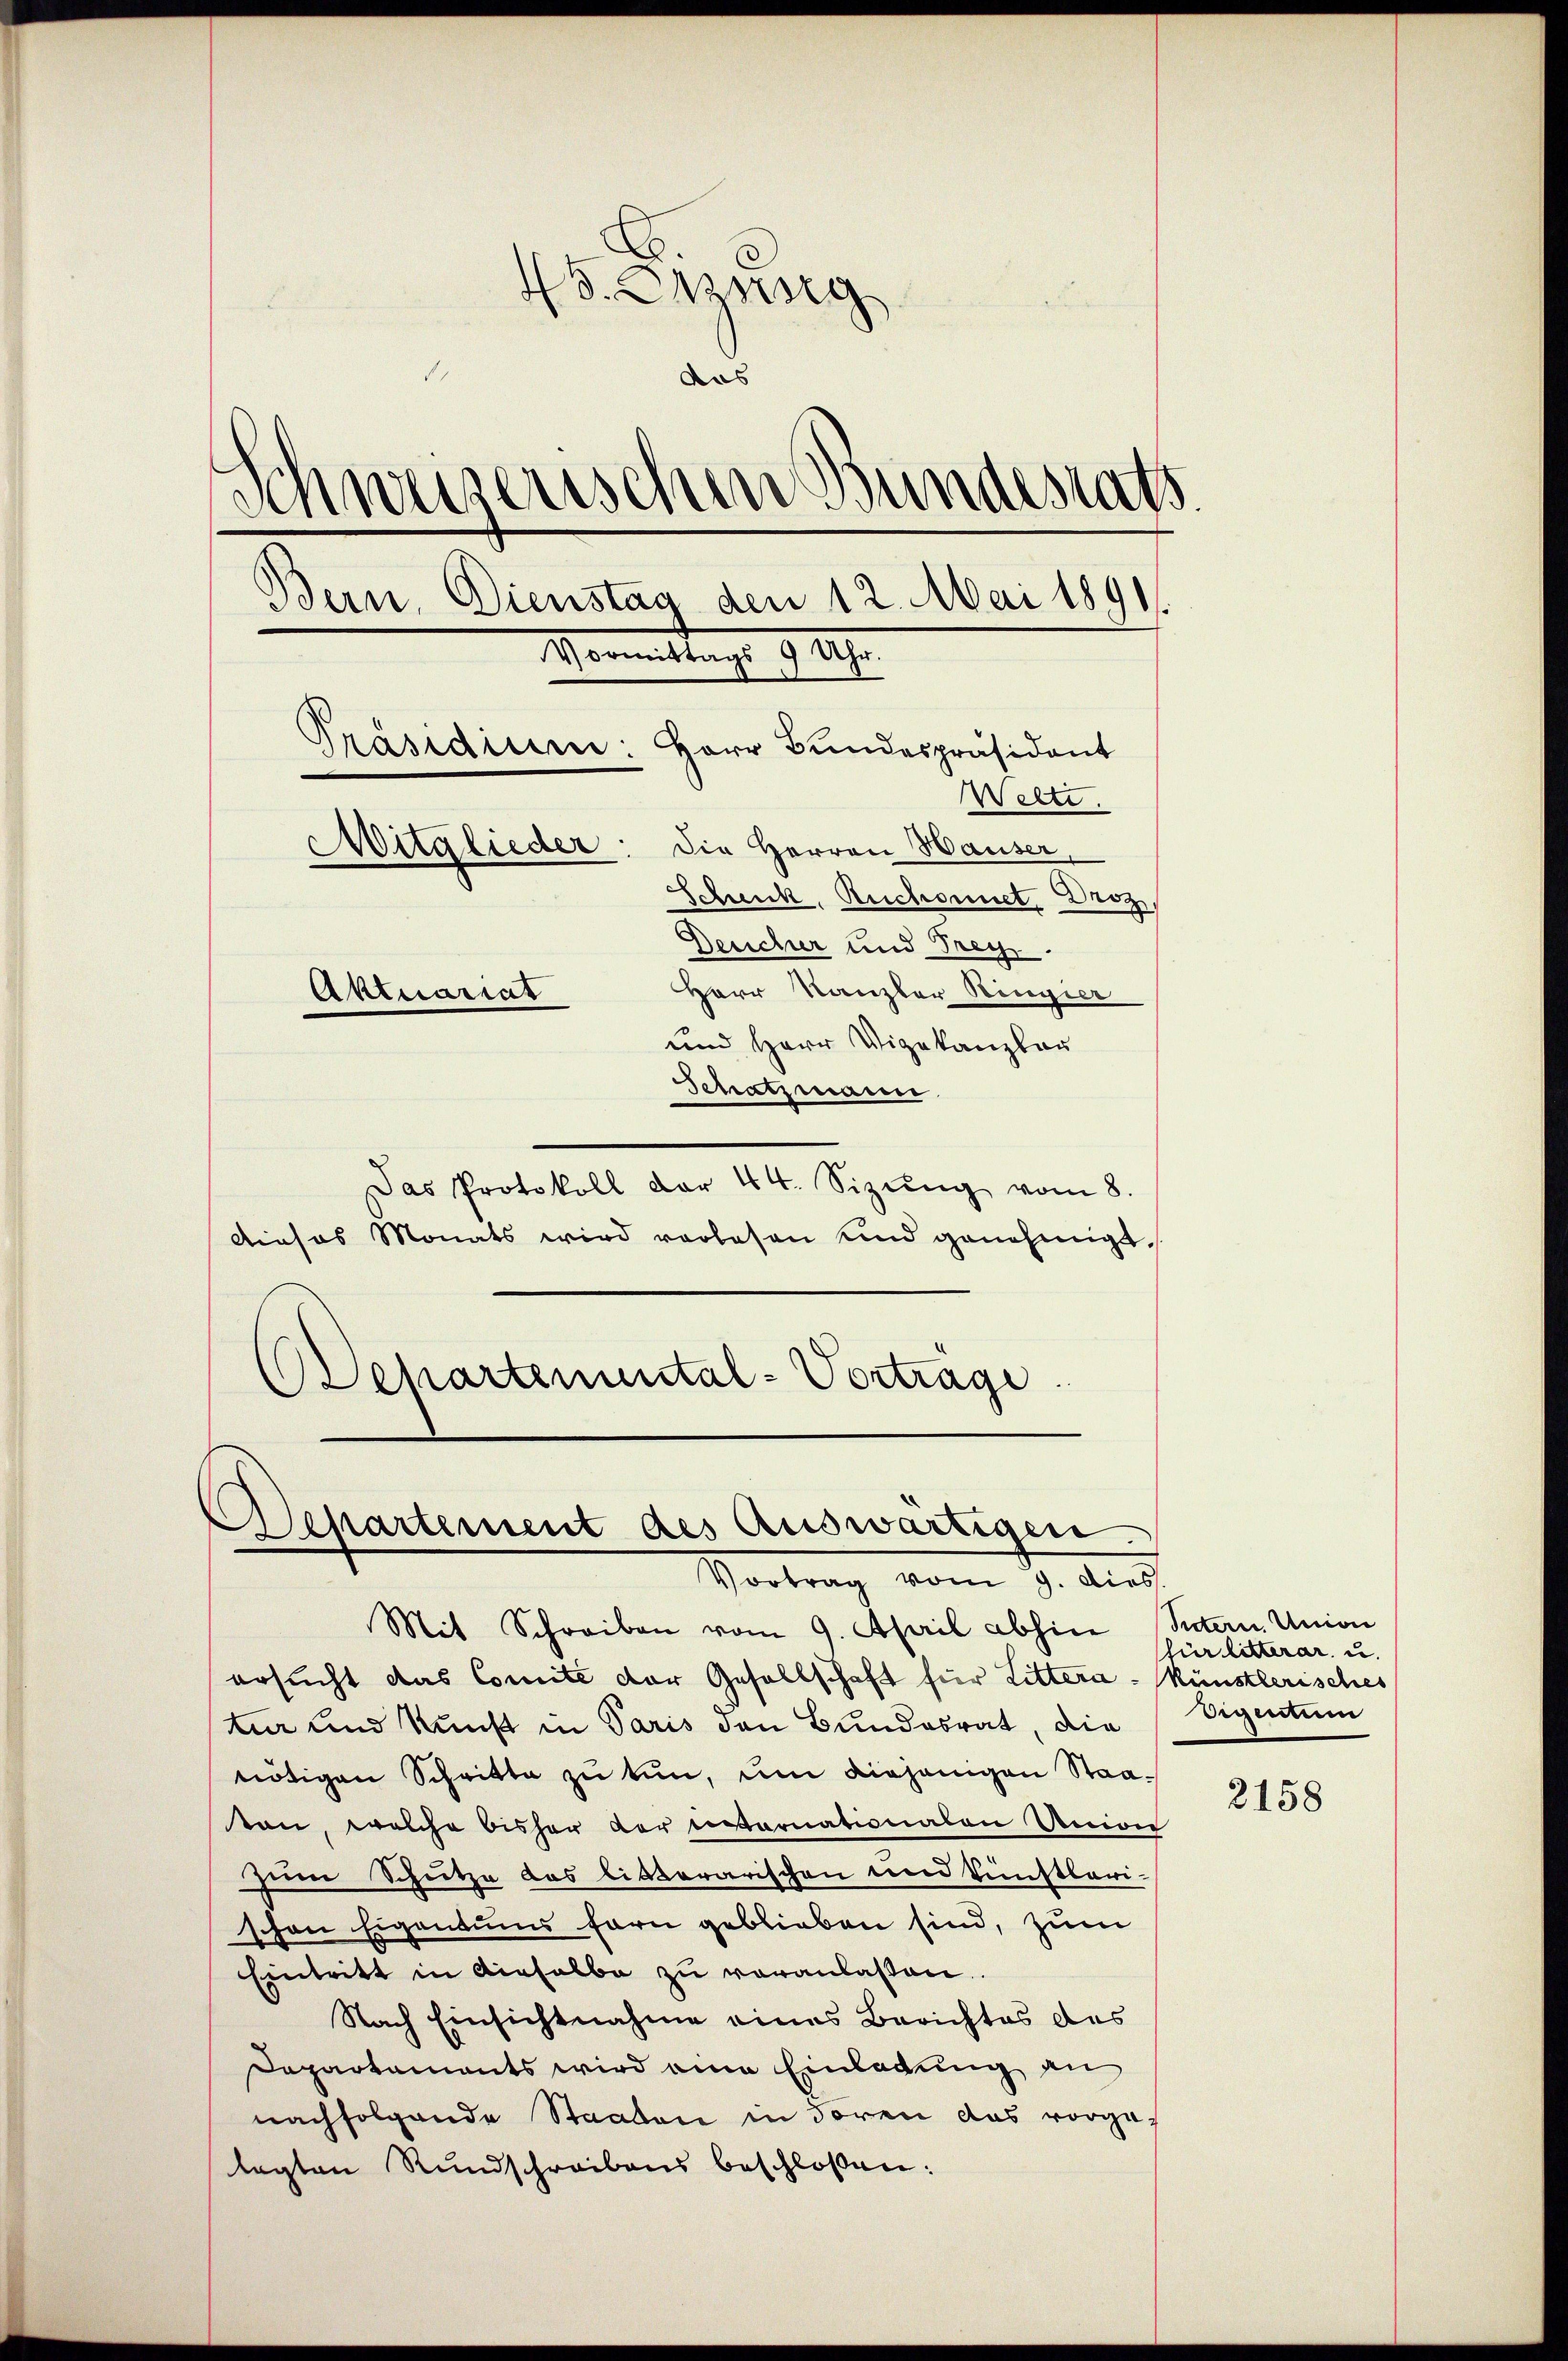
. Opsrig
aas
h
s
esenschen Bundesrats
Bern, Dienstag den 12. Mai 1891
Vormittags 9 Uhr
Präsidium: Herr Bundespräsident
Welte.
Mitglieder: die Herren Hauser,
Schenk, Ruchonnet, Droz,
Deucher und Frey.
Herr Kanzler Ringier
Aktuariat
und Herr Vizekanzler
Schatzmann

Das Protokoll der 44. Sizŭng vom 8.
Dieses Monats wird verlesen und genehmigt,
Departemental-Vortrage

Separtement des Auswärtigen
Vortrag vom 9. dies

Mit Schreiben vom 9. April abhin Secten. Union
ersucht das Comite der Gesellschaft für Littera-Künstlerisches
tur und Kunst in Paris den Bundesrat, die
nötigen Schritte zu tun, um diejenigen Staaton, welche bisher der internationalen Union
zum Schutze des listerarischen und künstbari-
schon Eigentums forn geblieben sind, zum
Eintritt in dieselbe zu veranlassen.
Nach Einsichtnahme eines Berichtes des
Departaments wird eine Einladung an
nachfolgende Staaten in Fören das vorga-
lagten Rundschreibens beschlossen:

für litterar, u.
Eigentum

2158